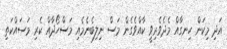
އަދި މިކަން ހިނގާއް މެދެވެރިވީ ކާއްވެގެން މަސް ނިލިބެނެމެއި މަސްހޯދާއް ކެރި މަސައްކަތި